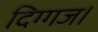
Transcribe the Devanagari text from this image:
दिग्गज।